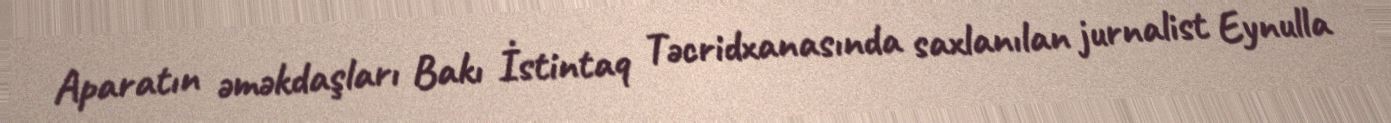
Aparatın əməkdaşları Bakı İstintaq Təcridxanasında saxlanılan jurnalist Eynulla